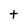
Character: t